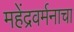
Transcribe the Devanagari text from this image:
महेंद्रवर्मनाचा